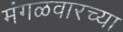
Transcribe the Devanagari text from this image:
मंगळवारच्या